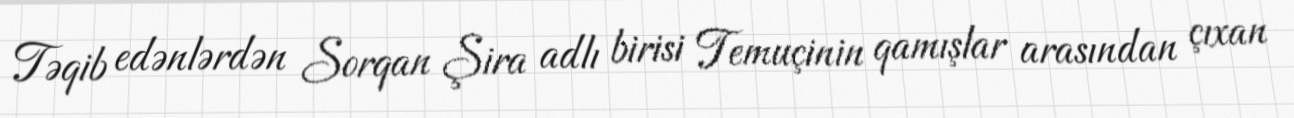
Təqib edənlərdən Sorqan Şira adlı birisi Temuçinin qamışlar arasından çıxan